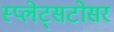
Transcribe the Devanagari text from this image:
स्प्लेट्सटोसर